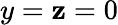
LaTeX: y=\mathbf{z}=0